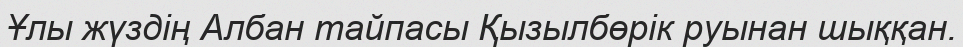
Ұлы жүздің Албан тайпасы Қызылбөрік руынан шыққан.